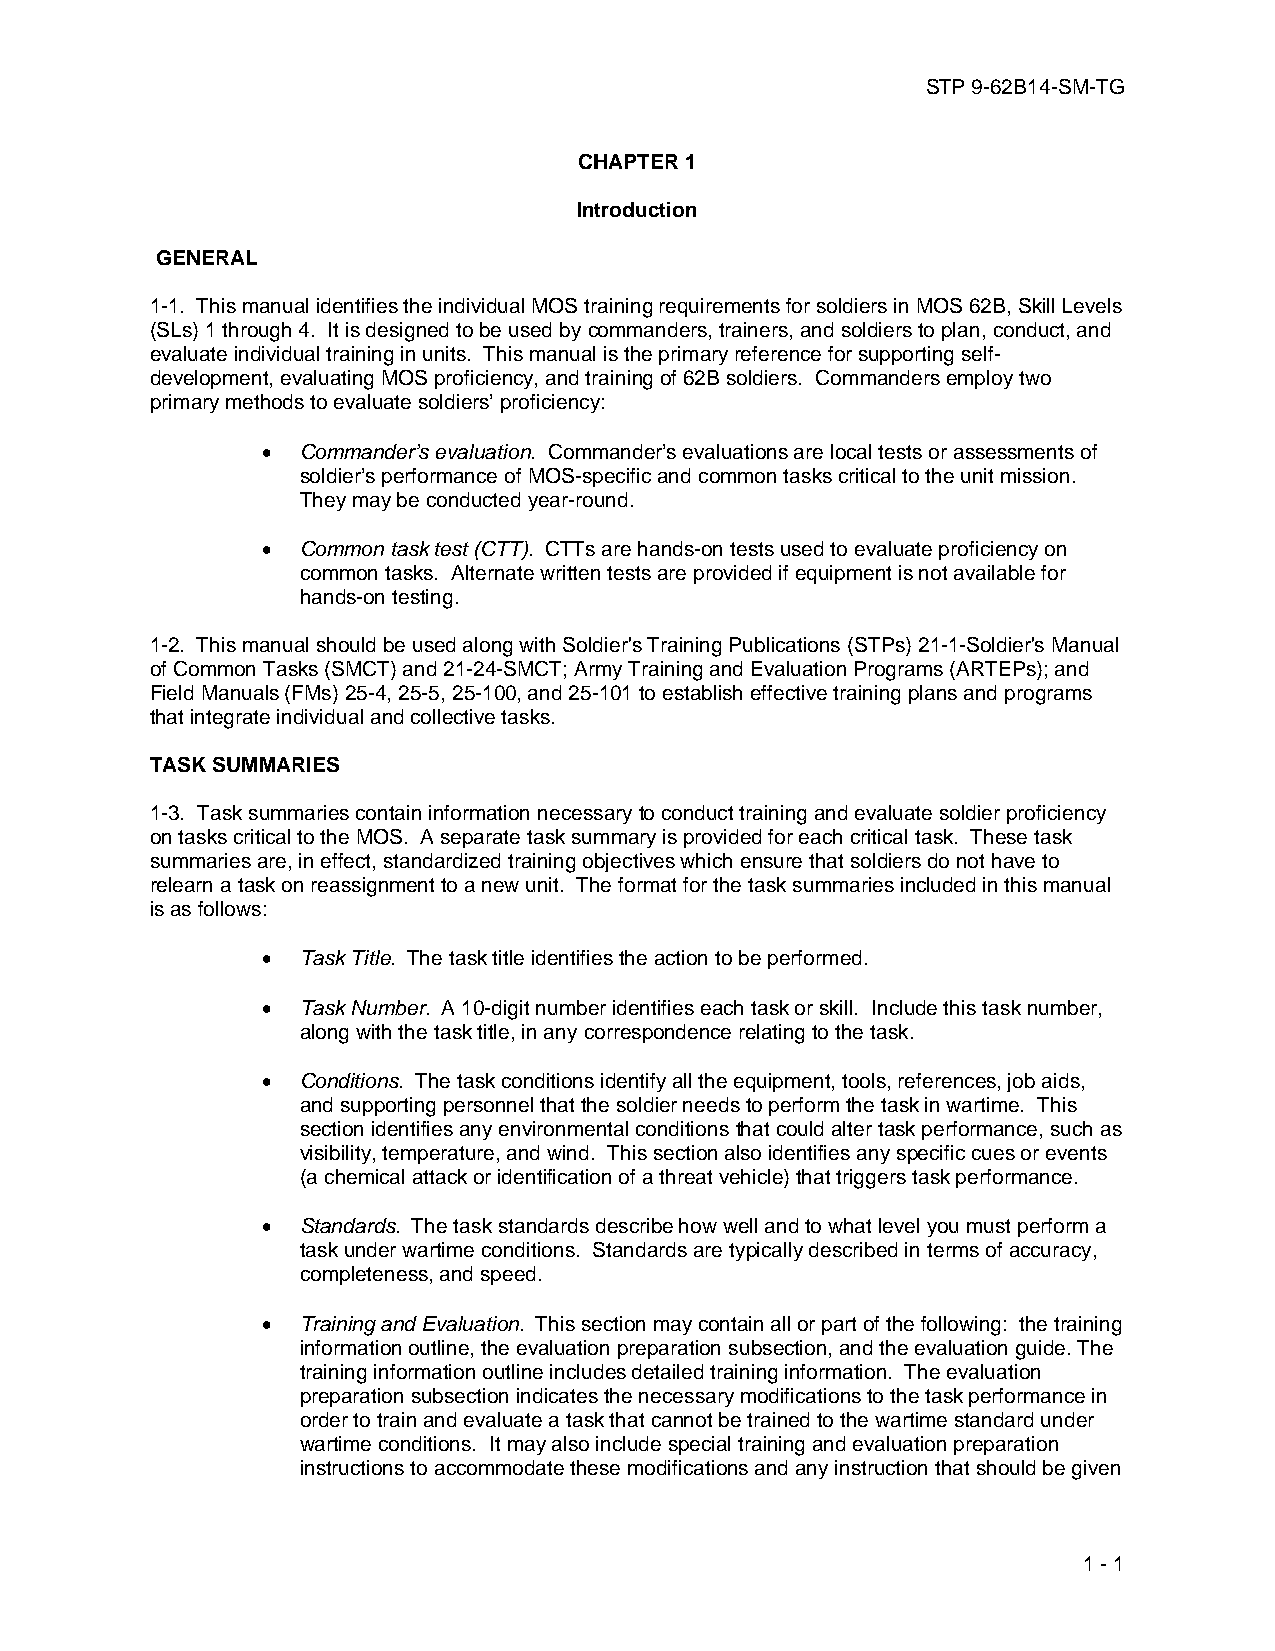
STP 9-62B14-SM-TG
 CHAPTER 1
 Introduction
 GENERAL
 1-1. This manual identifies the individual MOS training requirements for soldiers in MOS 62B, Skill Levels
 (SLs) 1 through 4. It is designed to be used by commanders, trainers, and soldiers to plan, conduct, and
 evaluate individual training in units. This manual is the primary reference for supporting self-
 development, evaluating MOS proficiency, and training of 62B soldiers. Commanders employ two
 primary methods to evaluate soldiers’ proficiency:
 •  Commander’s evaluation. Commander’s evaluations are local tests or assessments of
 soldier’s performance of MOS-specific and common tasks critical to the unit mission.
 They may be conducted year-round.
 •  Common task test (CTT). CTTs are hands-on tests used to evaluate proficiency on
 common tasks. Alternate written tests are provided if equipment is not available for
 hands-on testing.
 1-2. This manual should be used along with Soldier's Training Publications (STPs) 21-1-Soldier's Manual
 of Common Tasks (SMCT) and 21-24-SMCT; Army Training and Evaluation Programs (ARTEPs); and
 Field Manuals (FMs) 25-4, 25-5, 25-100, and 25-101 to establish effective training plans and programs
 that integrate individual and collective tasks.
 TASK SUMMARIES
 1-3. Task summaries contain information necessary to conduct training and evaluate soldier proficiency
 on tasks critical to the MOS. A separate task summary is provided for each critical task. These task
 summaries are, in effect, standardized training objectives which ensure that soldiers do not have to
 relearn a task on reassignment to a new unit. The format for the task summaries included in this manual
 is as follows:
 •  Task Title. The task title identifies the action to be performed.
 •  Task Number. A 10-digit number identifies each task or skill. Include this task number,
 along with the task title, in any correspondence relating to the task.
 •  Conditions. The task conditions identify all the equipment, tools, references, job aids,
 and supporting personnel that the soldier needs to perform the task in wartime. This
 section identifies any environmental conditions that could alter task performance, such as
 visibility, temperature, and wind. This section also identifies any specific cues or events
 (a chemical attack or identification of a threat vehicle) that triggers task performance.
 •  Standards. The task standards describe how well and to what level you must perform a
 task under wartime conditions. Standards are typically described in terms of accuracy,
 completeness, and speed.
 •  Training and Evaluation. This section may contain all or part of the following: the training
 information outline, the evaluation preparation subsection, and the evaluation guide. The
 training information outline includes detailed training information. The evaluation
 preparation subsection indicates the necessary modifications to the task performance in
 order to train and evaluate a task that cannot be trained to the wartime standard under
 wartime conditions. It may also include special training and evaluation preparation
 instructions to accommodate these modifications and any instruction that should be given
 1 - 1